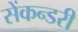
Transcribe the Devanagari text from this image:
सेंकन्‍डरी